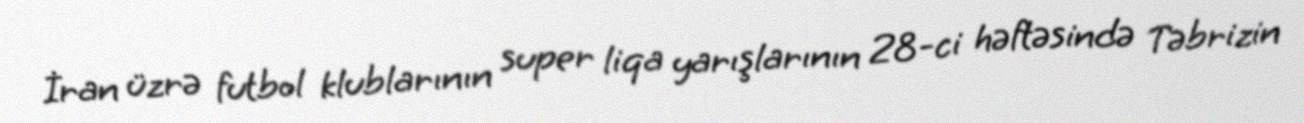
İran üzrə futbol klublarının super liqa yarışlarının 28-ci həftəsində Təbrizin